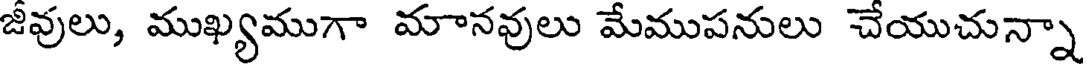
జీవులు, ముఖ్యముగా మానవులు మేముపనులు చేయుచున్నా